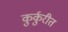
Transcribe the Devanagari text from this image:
कुर्कुरीत